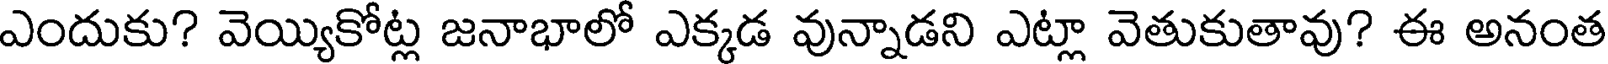
ఎందుకు? వెయ్యికోట్ల జనాభాలో ఎక్కడ వున్నాడని ఎట్లా వెతుకుతావు? ఈ అనంత